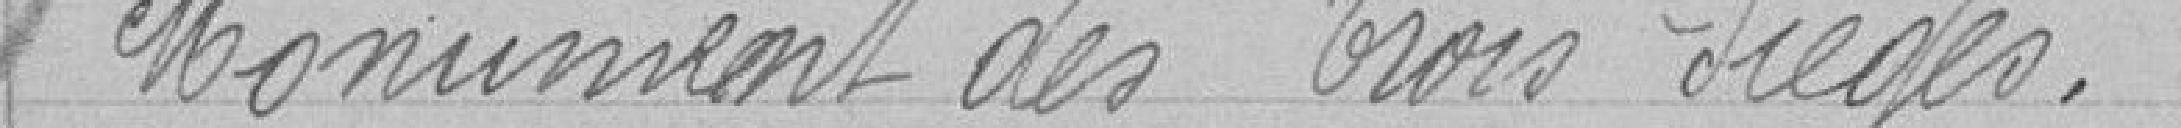
Monument des Trois sièges